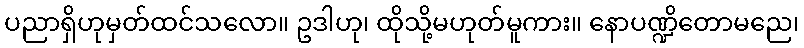
ပညာရှိဟုမှတ်ထင်သလော။ ဥဒါဟု၊ ထိုသို့မဟုတ်မူကား။ နောပဏ္ဍိတောမညေ၊